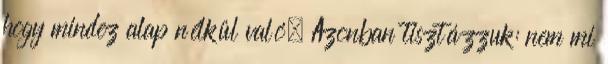
hogy mindez alap nélkül való. Azonban tisztázzuk: nem mi